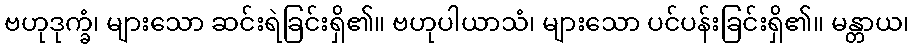
ဗဟုဒုက္ခံ၊ များသော ဆင်းရဲခြင်းရှိ၏။ ဗဟုပါယာသံ၊ များသော ပင်ပန်းခြင်းရှိ၏။ မန္တာယ၊